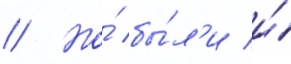
// Но́ бы́л'и и́